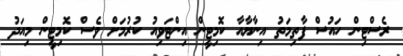
ރެސްޓިން ހައުސް ފާތިމަތު އިނާޔާއާ ކޮމިޓީން އިންޓަވިއު ކުރުމަށް ވެސް ކޮމިޓީން މިއަދު